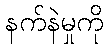
နက်နဲမှုကို